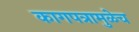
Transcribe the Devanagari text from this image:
कागपत्रामुळेच